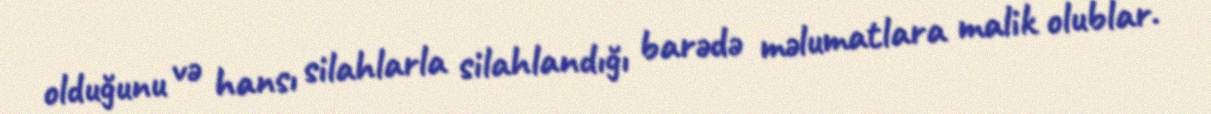
olduğunu və hansı silahlarla silahlandığı barədə məlumatlara malik olublar.